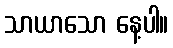
သာယာသော နေ့ပါ။